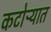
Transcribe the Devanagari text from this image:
कटोऱ्यात